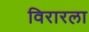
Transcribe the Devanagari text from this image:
विरारला